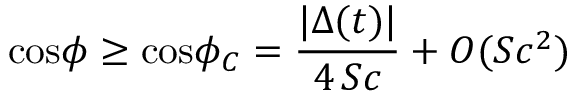
\mathrm { c o s } \phi \ge \mathrm { c o s } \phi _ { C } = { \frac { | \Delta ( t ) | } { 4 \, S c } } + O ( S c ^ { 2 } )